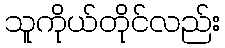
သူကိုယ်တိုင်လည်း